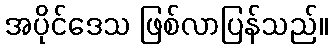
အပိုင်ဒေသ ဖြစ်လာပြန်သည်။